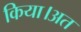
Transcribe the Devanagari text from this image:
किया।अत